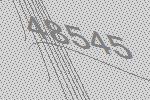
48545